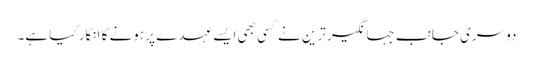
دوسری جانب جہانگیر ترین نے کسی بھی ایسے عہدے پر ہونے کا انکار کیا ہے۔